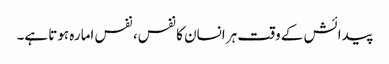
پیدائش کے وقت ہر انسان کا نفس، نفس امارہ ہوتا ہے۔